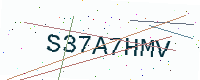
Text: S37A7HMV